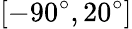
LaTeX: [-90^{\circ},20^{\circ}]